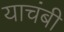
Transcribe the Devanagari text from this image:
याचंबी